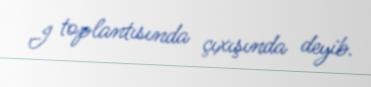
I toplantısında çıxışında deyib.